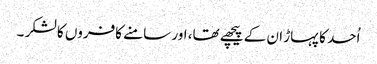
اُحد کا پہاڑ ان کے پیچھے تھا، اور سامنے کافروں کا لشکر ۔